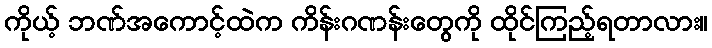
ကိုယ့် ဘဏ်အကောင့်ထဲက ကိန်းဂဏန်းတွေကို ထိုင်ကြည့်ရတာလား။